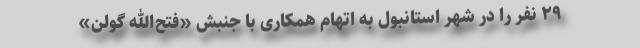
۲۹ نفر را در شهر استانبول به اتهام همکاری با جنبش «فتح‌الله گولن»